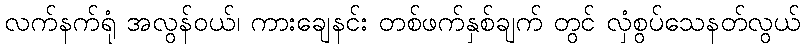
လက်နက်ရုံ အလွန်ဝယ်၊ ကားချေနင်း တစ်ဖက်နှစ်ချက် တွင် လှံစွပ်သေနတ်လွယ်